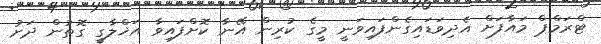
ޓްރަމްޕް މައާފަށް އެދިވަޑައިގެންފައިވަނީ މީގެ ކުރިން އޭނާ ކޮށްފައިވާ އަޚްލާގީ ގޮތުން ދަށު